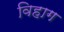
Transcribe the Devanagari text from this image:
विहाग